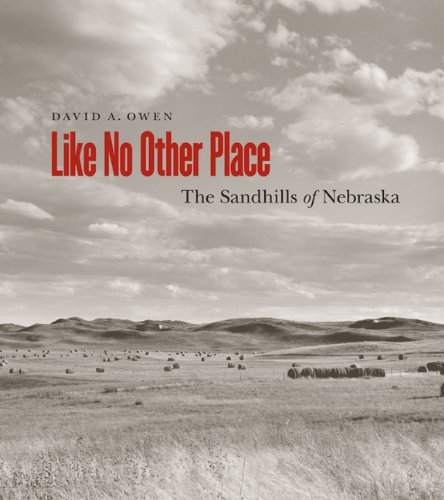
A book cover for Like No Other Place: The Sandhills of Nebraska; David Owen; Travel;